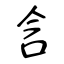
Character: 含